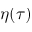
\eta ( \tau )